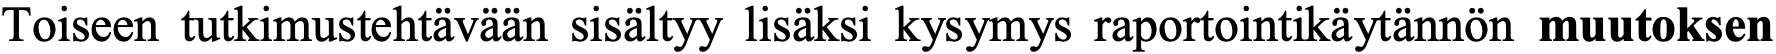
Toiseen tutkimustehtävään sisältyy lisäksi kysymys raportointikäytännön muutoksen